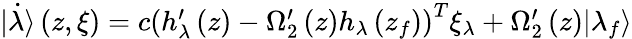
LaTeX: \begin{array}{r}{\dot{\left|{{\lambda}}\right\rangle}\left(z,\xi\right)=c{{\left({{h}_{\lambda}^{\prime}}\left(z\right)-{{\Omega}_{2}^{\prime}}\left(z\right){{h}_{\lambda}}\left({{z}_{f}}\right)\right)}^{T}}{{\xi}_{\lambda}}+{{\Omega}_{2}^{\prime}}\left(z\right){\left|{{\lambda}_{f}}\right\rangle}}\end{array}